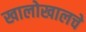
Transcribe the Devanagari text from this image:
खालोखालचे